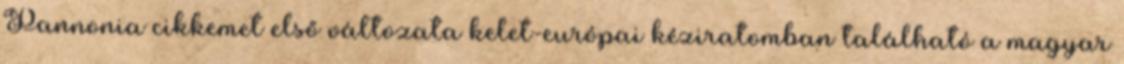
Pannonia cikkemet első változata kelet-európai kéziratomban található a magyar